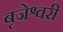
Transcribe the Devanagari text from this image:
बृजेश्वरी